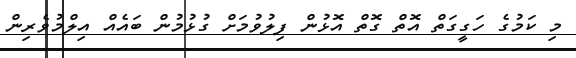
މި ކަމުގެ ހަގީގަތް އޮތް ގޮތް އޮޅުން ފިލުވުމަށް ގުޅުމުން ބައެއް އިލްމުވެރިން